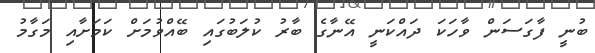
ބުނީ ފާގަސަން ވާހަކަ ދައްކަނީ އޭނާގެ ބާރު ކުލަބުގައި ބޭއްވުމަށް ކަމަށާއި މަގާމު